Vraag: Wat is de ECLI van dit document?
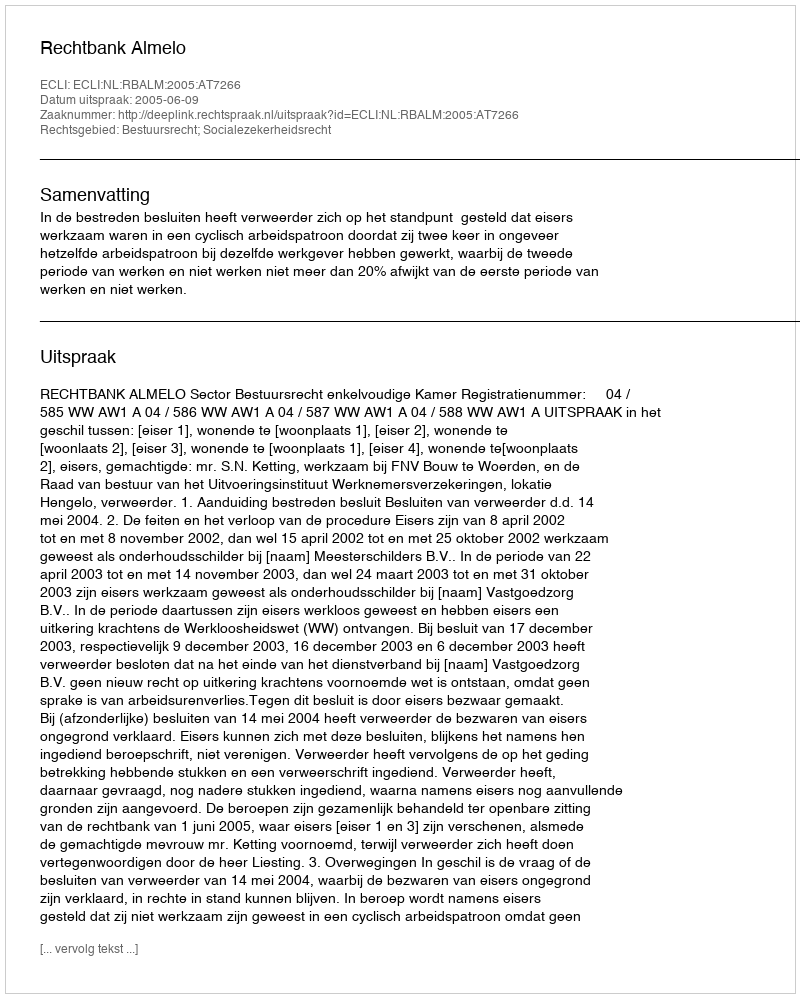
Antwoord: ECLI:NL:RBALM:2005:AT7266